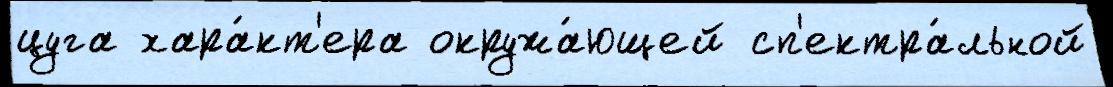
цуга хара́кт'ера окружа́ющей сп'ектра́льной